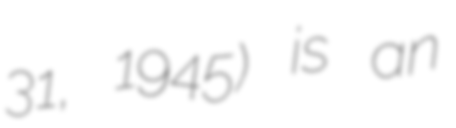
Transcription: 31, 1945) is an